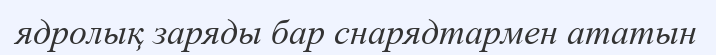
ядролық заряды бар снарядтармен ататын